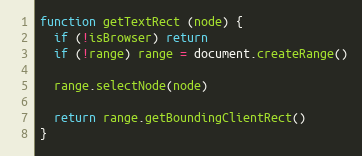
Language: JavaScript
function getTextRect (node) {
  if (!isBrowser) return
  if (!range) range = document.createRange()

  range.selectNode(node)

  return range.getBoundingClientRect()
}